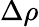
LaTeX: \Delta\rho